Indian journal of veterinary science and animal husbandry - Volume 8,
Year: 1938
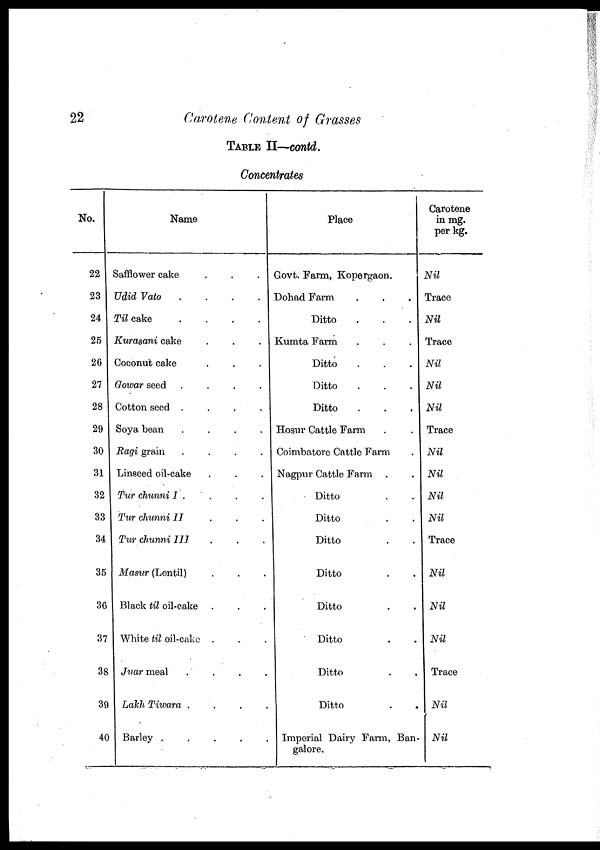
22
Carotene Content of Grasses
TABLE II—contd.
Concentrates
No.
22
23
24
25
26
27
28
29
30
31
32
33
34
35
36
37
38
39
40
Name
Safflower cake . . .
Udid Vato
.
.
.
.
Til cake
.
.
.
.
Kurasani cake . . .
Coconut cake . . .
Gowar seed .
.
.
.
Cotton seed .
.
.
.
Soya bean
.
.
.
.
Ragi grain
.
.
.
.
Linseed oil-cake . . .
Tur chunni I . . . .
Tur chunni II . . .
Tur chunni III . . .
Masur (Lentil) . . .
Black til oil-cake . . .
White til oil-cake . . .
Juar meal
.
.
.
.
Lakh Tiwara .
.
.
.
Barley . . . . . .
Place
Govt. Farm, Kopergaon.
Dohad Farm . . .
Ditto . . .
Kumta Farm . . .
Ditto . . .
Ditto . . .
Ditto . . .
Hosur Cattle Farm . .
Coimbatore Cattle Farm .
Nagpur Cattle Farm . .
Ditto . .
Ditto . .
Ditto . .
Ditto . .
Ditto . .
Ditto . .
Ditto . .
Ditto . .
Imperial Dairy Farm, Ban-
galore.
Carotene
in mg.
per kg.
Nil
Trace
Nil
Trace
Nil
Nil
Nil
Trace
Nil
Nil
Nil
Nil
Trace
Nil
Nil
Nil
Trace
Nil
Nil